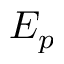
E _ { p }